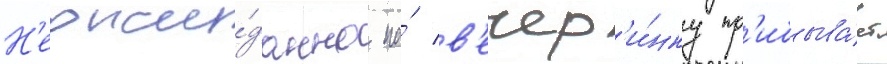
Н'еожи́данно на́ в'ечер'и́нку пр'ибыва́ет